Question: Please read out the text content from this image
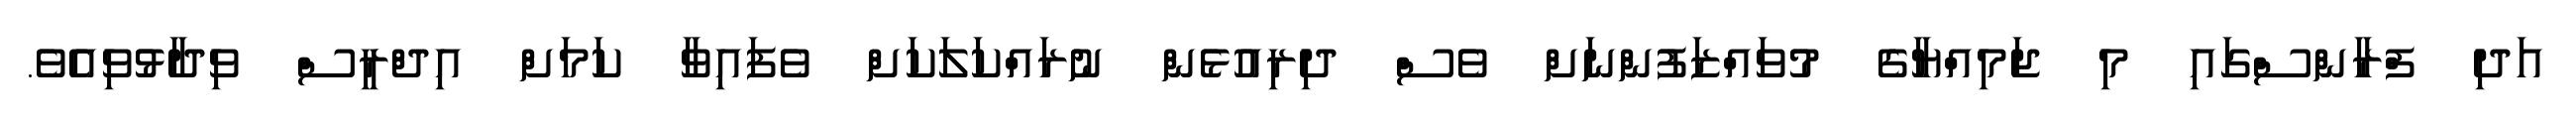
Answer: އަދި ފްރާންސްގައި މި ޖަމިއްޔާގެ މުވައްޒަފުންނަށް ވެސް ދިރިއުޅެން ނުރައްކަލަކަށް ވެފައިވާ ކަމަށް އިދްރީސް ވިދާޅުވިއެވެ.